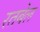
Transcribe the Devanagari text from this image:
रतबेल